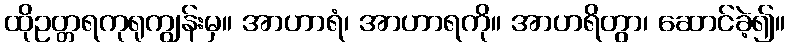
ထိုဥတ္တရကုရုကျွန်းမှ။ အာဟာရံ၊ အာဟာရကို။ အာဟရိတွာ၊ ဆောင်ခဲ့၍။